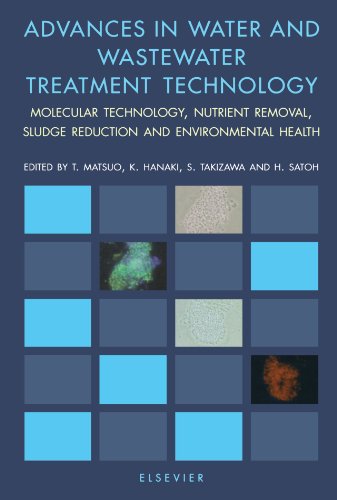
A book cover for Advances in Water and Wastewater Treatment Technology: Molecular Technology, Nutrient Removal, Sludge Reduction and Environmental Health; Engineering & Transportation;